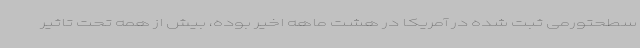
سطحتورمی ثبت شده در آمریکا در هشت ماهه اخیر بوده، بیش از همه تحت تاثیر